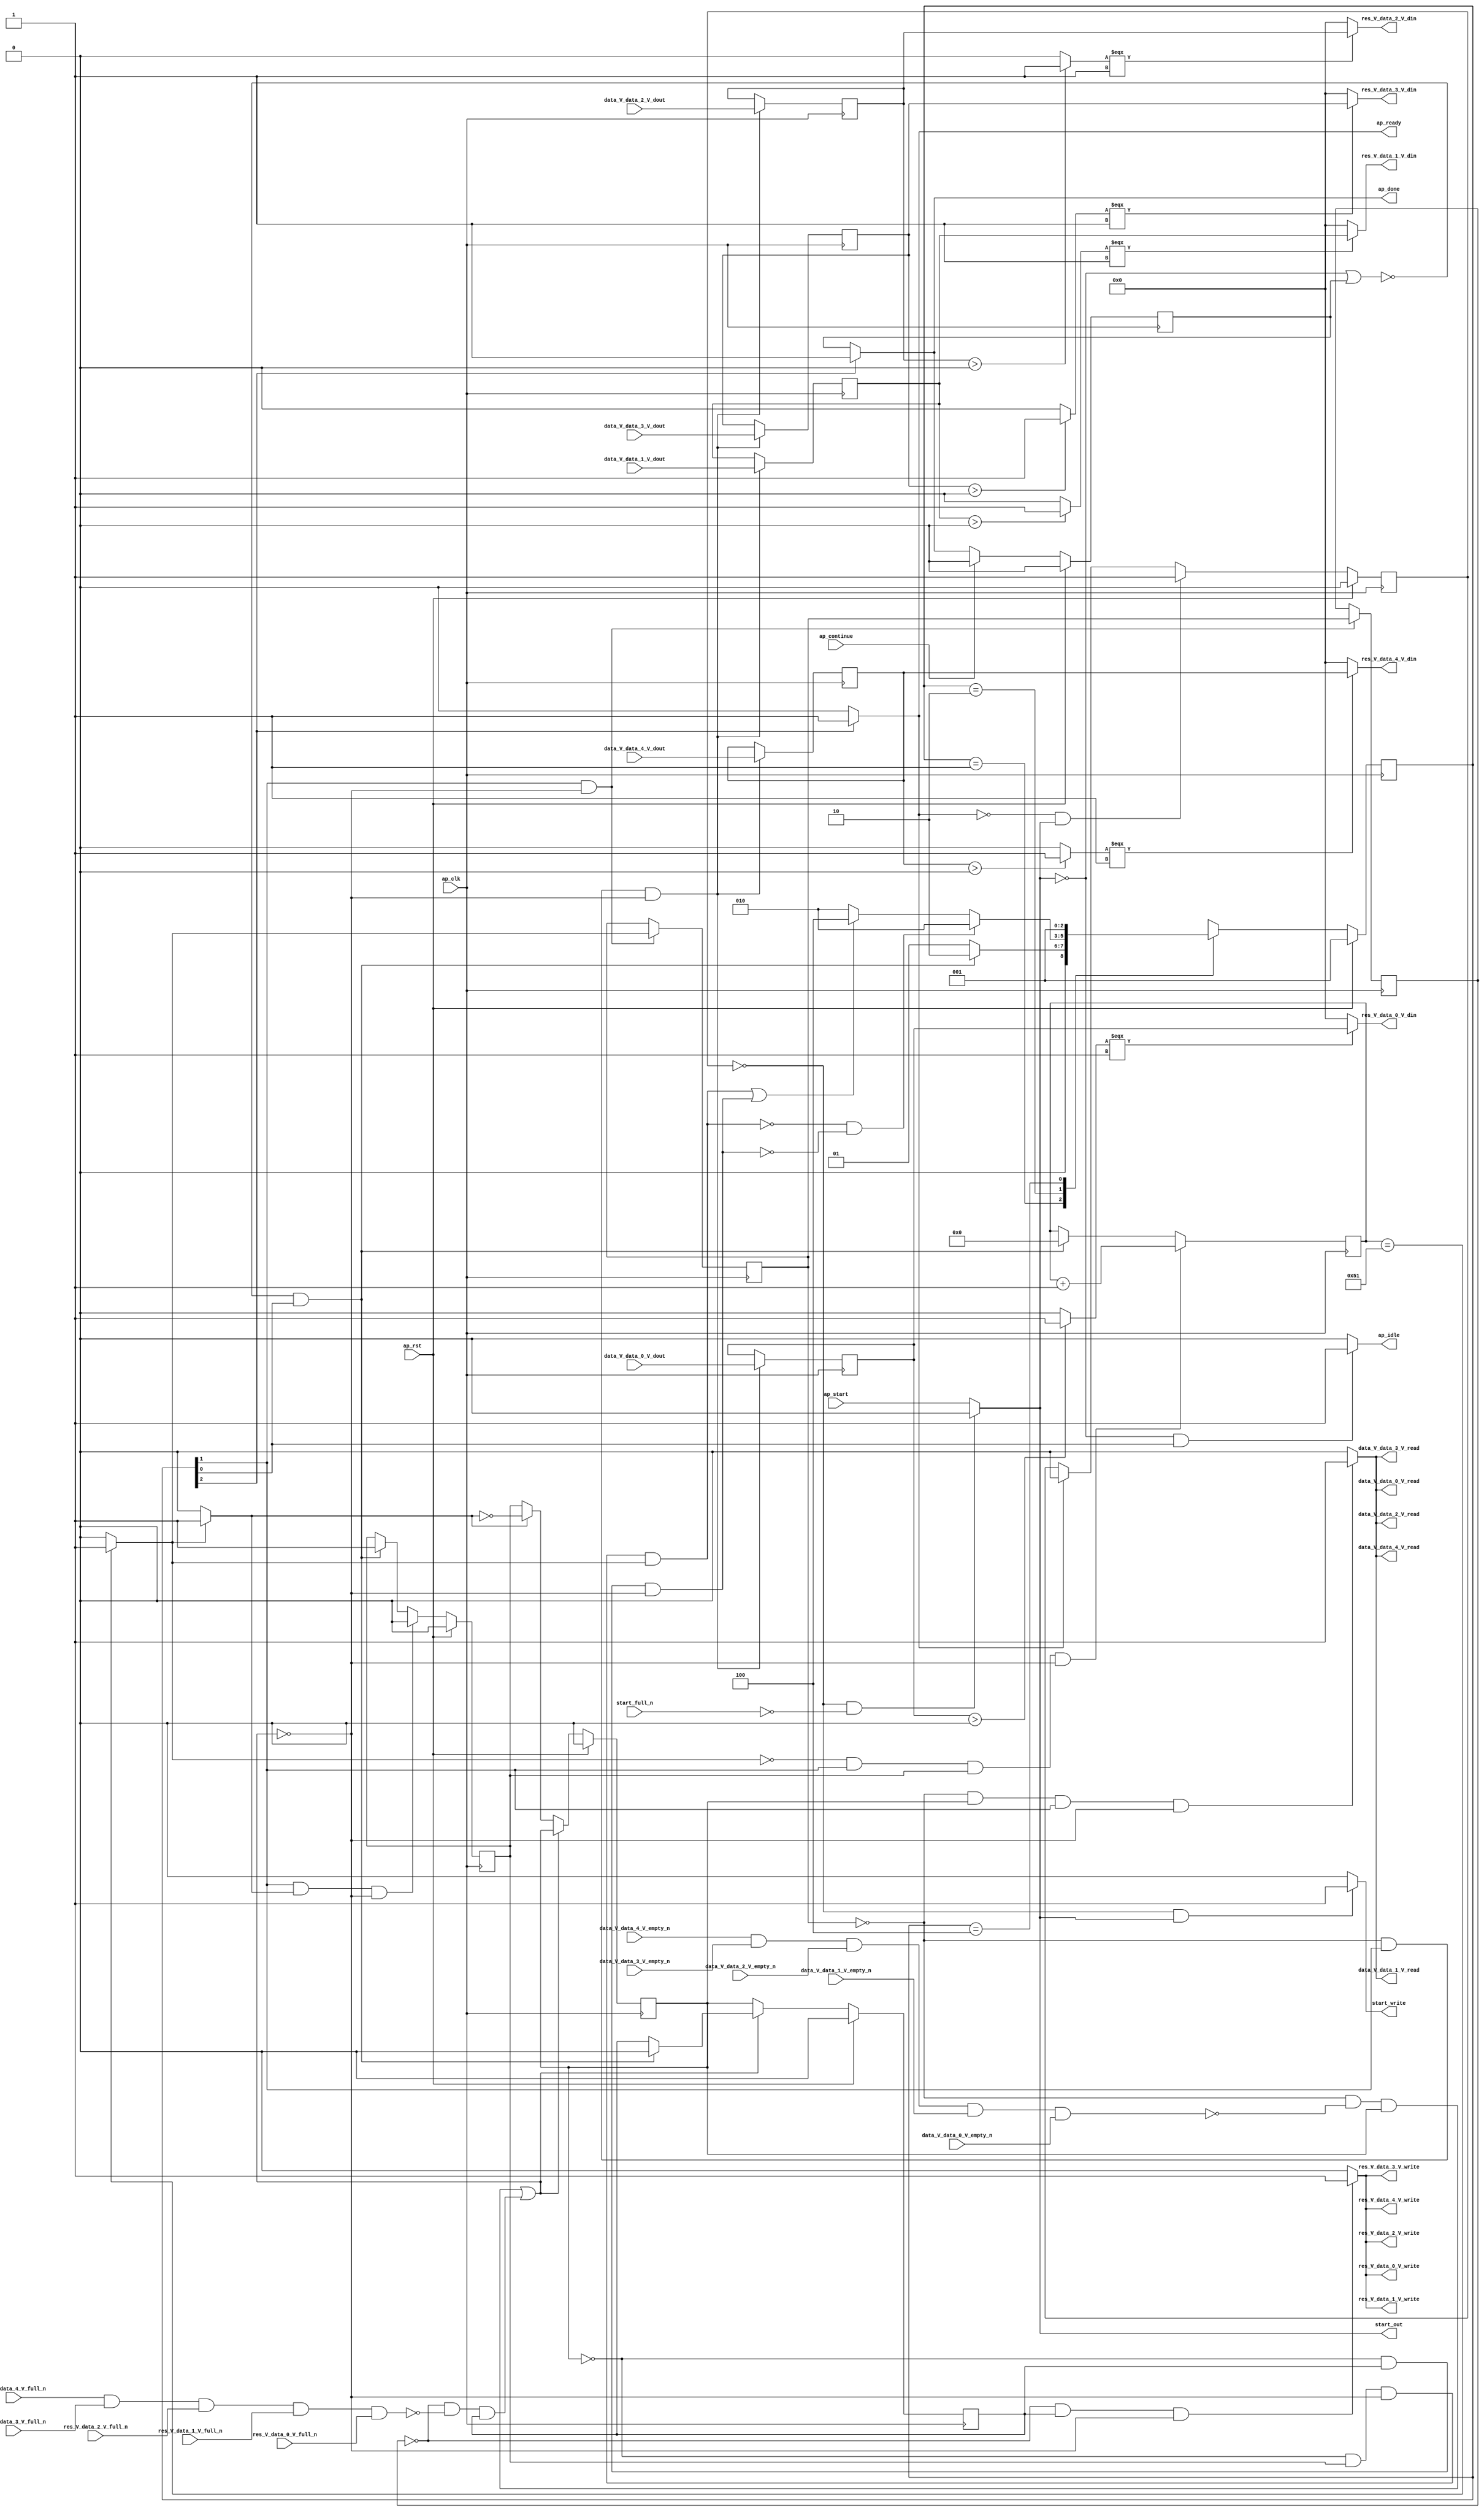
// ==============================================================
// RTL generated by Vivado(TM) HLS - High-Level Synthesis from C, C++ and SystemC
// Version: 2018.2
// Copyright (C) 1986-2018 Xilinx, Inc. All Rights Reserved.
// 
// ===========================================================

`timescale 1 ns / 1 ps 

module relu_array_array_ap_fixed_5u_relu_config4_s (
        ap_clk,
        ap_rst,
        ap_start,
        start_full_n,
        ap_done,
        ap_continue,
        ap_idle,
        ap_ready,
        start_out,
        start_write,
        data_V_data_0_V_dout,
        data_V_data_0_V_empty_n,
        data_V_data_0_V_read,
        data_V_data_1_V_dout,
        data_V_data_1_V_empty_n,
        data_V_data_1_V_read,
        data_V_data_2_V_dout,
        data_V_data_2_V_empty_n,
        data_V_data_2_V_read,
        data_V_data_3_V_dout,
        data_V_data_3_V_empty_n,
        data_V_data_3_V_read,
        data_V_data_4_V_dout,
        data_V_data_4_V_empty_n,
        data_V_data_4_V_read,
        res_V_data_0_V_din,
        res_V_data_0_V_full_n,
        res_V_data_0_V_write,
        res_V_data_1_V_din,
        res_V_data_1_V_full_n,
        res_V_data_1_V_write,
        res_V_data_2_V_din,
        res_V_data_2_V_full_n,
        res_V_data_2_V_write,
        res_V_data_3_V_din,
        res_V_data_3_V_full_n,
        res_V_data_3_V_write,
        res_V_data_4_V_din,
        res_V_data_4_V_full_n,
        res_V_data_4_V_write
);

parameter    ap_ST_fsm_state1 = 3'd1;
parameter    ap_ST_fsm_pp0_stage0 = 3'd2;
parameter    ap_ST_fsm_state5 = 3'd4;

input   ap_clk;
input   ap_rst;
input   ap_start;
input   start_full_n;
output   ap_done;
input   ap_continue;
output   ap_idle;
output   ap_ready;
output   start_out;
output   start_write;
input  [7:0] data_V_data_0_V_dout;
input   data_V_data_0_V_empty_n;
output   data_V_data_0_V_read;
input  [7:0] data_V_data_1_V_dout;
input   data_V_data_1_V_empty_n;
output   data_V_data_1_V_read;
input  [7:0] data_V_data_2_V_dout;
input   data_V_data_2_V_empty_n;
output   data_V_data_2_V_read;
input  [7:0] data_V_data_3_V_dout;
input   data_V_data_3_V_empty_n;
output   data_V_data_3_V_read;
input  [7:0] data_V_data_4_V_dout;
input   data_V_data_4_V_empty_n;
output   data_V_data_4_V_read;
output  [7:0] res_V_data_0_V_din;
input   res_V_data_0_V_full_n;
output   res_V_data_0_V_write;
output  [7:0] res_V_data_1_V_din;
input   res_V_data_1_V_full_n;
output   res_V_data_1_V_write;
output  [7:0] res_V_data_2_V_din;
input   res_V_data_2_V_full_n;
output   res_V_data_2_V_write;
output  [7:0] res_V_data_3_V_din;
input   res_V_data_3_V_full_n;
output   res_V_data_3_V_write;
output  [7:0] res_V_data_4_V_din;
input   res_V_data_4_V_full_n;
output   res_V_data_4_V_write;

reg ap_done;
reg ap_idle;
reg start_write;

reg    real_start;
reg    start_once_reg;
reg    ap_done_reg;
(* fsm_encoding = "none" *) reg   [2:0] ap_CS_fsm;
wire    ap_CS_fsm_state1;
reg    internal_ap_ready;
reg    data_V_data_0_V_blk_n;
wire    ap_CS_fsm_pp0_stage0;
reg    ap_enable_reg_pp0_iter1;
wire    ap_block_pp0_stage0;
reg   [0:0] tmp_reg_323;
reg    data_V_data_1_V_blk_n;
reg    data_V_data_2_V_blk_n;
reg    data_V_data_3_V_blk_n;
reg    data_V_data_4_V_blk_n;
reg    res_V_data_0_V_blk_n;
reg    ap_enable_reg_pp0_iter2;
reg   [0:0] tmp_reg_323_pp0_iter1_reg;
reg    res_V_data_1_V_blk_n;
reg    res_V_data_2_V_blk_n;
reg    res_V_data_3_V_blk_n;
reg    res_V_data_4_V_blk_n;
reg   [6:0] i_reg_215;
wire   [0:0] tmp_fu_226_p2;
wire    ap_block_state2_pp0_stage0_iter0;
wire    data_V_data_0_V0_status;
reg    ap_block_state3_pp0_stage0_iter1;
wire    res_V_data_0_V1_status;
reg    ap_block_state4_pp0_stage0_iter2;
reg    ap_block_pp0_stage0_11001;
wire   [6:0] i_4_fu_232_p2;
reg    ap_enable_reg_pp0_iter0;
reg   [7:0] tmp_data_V_0_reg_332;
reg   [7:0] tmp_data_V_1_reg_338;
reg   [7:0] tmp_data_V_2_reg_344;
reg   [7:0] tmp_data_V_3_reg_350;
reg   [7:0] tmp_data_V_4_reg_356;
reg    ap_block_state1;
reg    ap_block_pp0_stage0_subdone;
reg    ap_condition_pp0_exit_iter0_state2;
reg    data_V_data_0_V0_update;
reg    res_V_data_0_V1_update;
reg    ap_block_pp0_stage0_01001;
wire   [0:0] tmp_11_fu_258_p2;
wire   [0:0] tmp_25_1_fu_271_p2;
wire   [0:0] tmp_25_2_fu_284_p2;
wire   [0:0] tmp_25_3_fu_297_p2;
wire   [0:0] tmp_25_4_fu_310_p2;
wire    ap_CS_fsm_state5;
reg   [2:0] ap_NS_fsm;
reg    ap_idle_pp0;
wire    ap_enable_pp0;

// power-on initialization
initial begin
#0 start_once_reg = 1'b0;
#0 ap_done_reg = 1'b0;
#0 ap_CS_fsm = 3'd1;
#0 ap_enable_reg_pp0_iter1 = 1'b0;
#0 ap_enable_reg_pp0_iter2 = 1'b0;
#0 ap_enable_reg_pp0_iter0 = 1'b0;
end

always @ (posedge ap_clk) begin
    if (ap_rst == 1'b1) begin
        ap_CS_fsm <= ap_ST_fsm_state1;
    end else begin
        ap_CS_fsm <= ap_NS_fsm;
    end
end

always @ (posedge ap_clk) begin
    if (ap_rst == 1'b1) begin
        ap_done_reg <= 1'b0;
    end else begin
        if ((ap_continue == 1'b1)) begin
            ap_done_reg <= 1'b0;
        end else if ((1'b1 == ap_CS_fsm_state5)) begin
            ap_done_reg <= 1'b1;
        end
    end
end

always @ (posedge ap_clk) begin
    if (ap_rst == 1'b1) begin
        ap_enable_reg_pp0_iter0 <= 1'b0;
    end else begin
        if (((1'b1 == ap_CS_fsm_pp0_stage0) & (1'b1 == ap_condition_pp0_exit_iter0_state2) & (1'b0 == ap_block_pp0_stage0_subdone))) begin
            ap_enable_reg_pp0_iter0 <= 1'b0;
        end else if ((~((real_start == 1'b0) | (ap_done_reg == 1'b1)) & (1'b1 == ap_CS_fsm_state1))) begin
            ap_enable_reg_pp0_iter0 <= 1'b1;
        end
    end
end

always @ (posedge ap_clk) begin
    if (ap_rst == 1'b1) begin
        ap_enable_reg_pp0_iter1 <= 1'b0;
    end else begin
        if ((1'b0 == ap_block_pp0_stage0_subdone)) begin
            if ((1'b1 == ap_condition_pp0_exit_iter0_state2)) begin
                ap_enable_reg_pp0_iter1 <= (1'b1 ^ ap_condition_pp0_exit_iter0_state2);
            end else if ((1'b1 == 1'b1)) begin
                ap_enable_reg_pp0_iter1 <= ap_enable_reg_pp0_iter0;
            end
        end
    end
end

always @ (posedge ap_clk) begin
    if (ap_rst == 1'b1) begin
        ap_enable_reg_pp0_iter2 <= 1'b0;
    end else begin
        if ((1'b0 == ap_block_pp0_stage0_subdone)) begin
            ap_enable_reg_pp0_iter2 <= ap_enable_reg_pp0_iter1;
        end else if ((~((real_start == 1'b0) | (ap_done_reg == 1'b1)) & (1'b1 == ap_CS_fsm_state1))) begin
            ap_enable_reg_pp0_iter2 <= 1'b0;
        end
    end
end

always @ (posedge ap_clk) begin
    if (ap_rst == 1'b1) begin
        start_once_reg <= 1'b0;
    end else begin
        if (((internal_ap_ready == 1'b0) & (real_start == 1'b1))) begin
            start_once_reg <= 1'b1;
        end else if ((internal_ap_ready == 1'b1)) begin
            start_once_reg <= 1'b0;
        end
    end
end

always @ (posedge ap_clk) begin
    if (((tmp_fu_226_p2 == 1'd0) & (1'b1 == ap_CS_fsm_pp0_stage0) & (ap_enable_reg_pp0_iter0 == 1'b1) & (1'b0 == ap_block_pp0_stage0_11001))) begin
        i_reg_215 <= i_4_fu_232_p2;
    end else if ((~((real_start == 1'b0) | (ap_done_reg == 1'b1)) & (1'b1 == ap_CS_fsm_state1))) begin
        i_reg_215 <= 7'd0;
    end
end

always @ (posedge ap_clk) begin
    if (((tmp_reg_323 == 1'd0) & (1'b1 == ap_CS_fsm_pp0_stage0) & (1'b0 == ap_block_pp0_stage0_11001))) begin
        tmp_data_V_0_reg_332 <= data_V_data_0_V_dout;
        tmp_data_V_1_reg_338 <= data_V_data_1_V_dout;
        tmp_data_V_2_reg_344 <= data_V_data_2_V_dout;
        tmp_data_V_3_reg_350 <= data_V_data_3_V_dout;
        tmp_data_V_4_reg_356 <= data_V_data_4_V_dout;
    end
end

always @ (posedge ap_clk) begin
    if (((1'b1 == ap_CS_fsm_pp0_stage0) & (1'b0 == ap_block_pp0_stage0_11001))) begin
        tmp_reg_323 <= tmp_fu_226_p2;
        tmp_reg_323_pp0_iter1_reg <= tmp_reg_323;
    end
end

always @ (*) begin
    if ((tmp_fu_226_p2 == 1'd1)) begin
        ap_condition_pp0_exit_iter0_state2 = 1'b1;
    end else begin
        ap_condition_pp0_exit_iter0_state2 = 1'b0;
    end
end

always @ (*) begin
    if ((1'b1 == ap_CS_fsm_state5)) begin
        ap_done = 1'b1;
    end else begin
        ap_done = ap_done_reg;
    end
end

always @ (*) begin
    if (((real_start == 1'b0) & (1'b1 == ap_CS_fsm_state1))) begin
        ap_idle = 1'b1;
    end else begin
        ap_idle = 1'b0;
    end
end

always @ (*) begin
    if (((ap_enable_reg_pp0_iter1 == 1'b0) & (ap_enable_reg_pp0_iter0 == 1'b0) & (ap_enable_reg_pp0_iter2 == 1'b0))) begin
        ap_idle_pp0 = 1'b1;
    end else begin
        ap_idle_pp0 = 1'b0;
    end
end

always @ (*) begin
    if (((tmp_reg_323 == 1'd0) & (ap_enable_reg_pp0_iter1 == 1'b1) & (1'b1 == ap_CS_fsm_pp0_stage0) & (1'b0 == ap_block_pp0_stage0_11001))) begin
        data_V_data_0_V0_update = 1'b1;
    end else begin
        data_V_data_0_V0_update = 1'b0;
    end
end

always @ (*) begin
    if (((tmp_reg_323 == 1'd0) & (1'b0 == ap_block_pp0_stage0) & (ap_enable_reg_pp0_iter1 == 1'b1) & (1'b1 == ap_CS_fsm_pp0_stage0))) begin
        data_V_data_0_V_blk_n = data_V_data_0_V_empty_n;
    end else begin
        data_V_data_0_V_blk_n = 1'b1;
    end
end

always @ (*) begin
    if (((tmp_reg_323 == 1'd0) & (1'b0 == ap_block_pp0_stage0) & (ap_enable_reg_pp0_iter1 == 1'b1) & (1'b1 == ap_CS_fsm_pp0_stage0))) begin
        data_V_data_1_V_blk_n = data_V_data_1_V_empty_n;
    end else begin
        data_V_data_1_V_blk_n = 1'b1;
    end
end

always @ (*) begin
    if (((tmp_reg_323 == 1'd0) & (1'b0 == ap_block_pp0_stage0) & (ap_enable_reg_pp0_iter1 == 1'b1) & (1'b1 == ap_CS_fsm_pp0_stage0))) begin
        data_V_data_2_V_blk_n = data_V_data_2_V_empty_n;
    end else begin
        data_V_data_2_V_blk_n = 1'b1;
    end
end

always @ (*) begin
    if (((tmp_reg_323 == 1'd0) & (1'b0 == ap_block_pp0_stage0) & (ap_enable_reg_pp0_iter1 == 1'b1) & (1'b1 == ap_CS_fsm_pp0_stage0))) begin
        data_V_data_3_V_blk_n = data_V_data_3_V_empty_n;
    end else begin
        data_V_data_3_V_blk_n = 1'b1;
    end
end

always @ (*) begin
    if (((tmp_reg_323 == 1'd0) & (1'b0 == ap_block_pp0_stage0) & (ap_enable_reg_pp0_iter1 == 1'b1) & (1'b1 == ap_CS_fsm_pp0_stage0))) begin
        data_V_data_4_V_blk_n = data_V_data_4_V_empty_n;
    end else begin
        data_V_data_4_V_blk_n = 1'b1;
    end
end

always @ (*) begin
    if ((1'b1 == ap_CS_fsm_state5)) begin
        internal_ap_ready = 1'b1;
    end else begin
        internal_ap_ready = 1'b0;
    end
end

always @ (*) begin
    if (((start_once_reg == 1'b0) & (start_full_n == 1'b0))) begin
        real_start = 1'b0;
    end else begin
        real_start = ap_start;
    end
end

always @ (*) begin
    if (((tmp_reg_323_pp0_iter1_reg == 1'd0) & (ap_enable_reg_pp0_iter2 == 1'b1) & (1'b0 == ap_block_pp0_stage0_11001))) begin
        res_V_data_0_V1_update = 1'b1;
    end else begin
        res_V_data_0_V1_update = 1'b0;
    end
end

always @ (*) begin
    if (((tmp_reg_323_pp0_iter1_reg == 1'd0) & (1'b0 == ap_block_pp0_stage0) & (ap_enable_reg_pp0_iter2 == 1'b1))) begin
        res_V_data_0_V_blk_n = res_V_data_0_V_full_n;
    end else begin
        res_V_data_0_V_blk_n = 1'b1;
    end
end

always @ (*) begin
    if (((tmp_reg_323_pp0_iter1_reg == 1'd0) & (1'b0 == ap_block_pp0_stage0) & (ap_enable_reg_pp0_iter2 == 1'b1))) begin
        res_V_data_1_V_blk_n = res_V_data_1_V_full_n;
    end else begin
        res_V_data_1_V_blk_n = 1'b1;
    end
end

always @ (*) begin
    if (((tmp_reg_323_pp0_iter1_reg == 1'd0) & (1'b0 == ap_block_pp0_stage0) & (ap_enable_reg_pp0_iter2 == 1'b1))) begin
        res_V_data_2_V_blk_n = res_V_data_2_V_full_n;
    end else begin
        res_V_data_2_V_blk_n = 1'b1;
    end
end

always @ (*) begin
    if (((tmp_reg_323_pp0_iter1_reg == 1'd0) & (1'b0 == ap_block_pp0_stage0) & (ap_enable_reg_pp0_iter2 == 1'b1))) begin
        res_V_data_3_V_blk_n = res_V_data_3_V_full_n;
    end else begin
        res_V_data_3_V_blk_n = 1'b1;
    end
end

always @ (*) begin
    if (((tmp_reg_323_pp0_iter1_reg == 1'd0) & (1'b0 == ap_block_pp0_stage0) & (ap_enable_reg_pp0_iter2 == 1'b1))) begin
        res_V_data_4_V_blk_n = res_V_data_4_V_full_n;
    end else begin
        res_V_data_4_V_blk_n = 1'b1;
    end
end

always @ (*) begin
    if (((start_once_reg == 1'b0) & (real_start == 1'b1))) begin
        start_write = 1'b1;
    end else begin
        start_write = 1'b0;
    end
end

always @ (*) begin
    case (ap_CS_fsm)
        ap_ST_fsm_state1 : begin
            if ((~((real_start == 1'b0) | (ap_done_reg == 1'b1)) & (1'b1 == ap_CS_fsm_state1))) begin
                ap_NS_fsm = ap_ST_fsm_pp0_stage0;
            end else begin
                ap_NS_fsm = ap_ST_fsm_state1;
            end
        end
        ap_ST_fsm_pp0_stage0 : begin
            if ((~((ap_enable_reg_pp0_iter1 == 1'b0) & (ap_enable_reg_pp0_iter0 == 1'b1) & (1'b0 == ap_block_pp0_stage0_subdone) & (tmp_fu_226_p2 == 1'd1)) & ~((ap_enable_reg_pp0_iter1 == 1'b0) & (ap_enable_reg_pp0_iter2 == 1'b1) & (1'b0 == ap_block_pp0_stage0_subdone)))) begin
                ap_NS_fsm = ap_ST_fsm_pp0_stage0;
            end else if ((((ap_enable_reg_pp0_iter1 == 1'b0) & (ap_enable_reg_pp0_iter0 == 1'b1) & (1'b0 == ap_block_pp0_stage0_subdone) & (tmp_fu_226_p2 == 1'd1)) | ((ap_enable_reg_pp0_iter1 == 1'b0) & (ap_enable_reg_pp0_iter2 == 1'b1) & (1'b0 == ap_block_pp0_stage0_subdone)))) begin
                ap_NS_fsm = ap_ST_fsm_state5;
            end else begin
                ap_NS_fsm = ap_ST_fsm_pp0_stage0;
            end
        end
        ap_ST_fsm_state5 : begin
            ap_NS_fsm = ap_ST_fsm_state1;
        end
        default : begin
            ap_NS_fsm = 'bx;
        end
    endcase
end

assign ap_CS_fsm_pp0_stage0 = ap_CS_fsm[32'd1];

assign ap_CS_fsm_state1 = ap_CS_fsm[32'd0];

assign ap_CS_fsm_state5 = ap_CS_fsm[32'd2];

assign ap_block_pp0_stage0 = ~(1'b1 == 1'b1);

always @ (*) begin
    ap_block_pp0_stage0_01001 = (((tmp_reg_323 == 1'd0) & (data_V_data_0_V0_status == 1'b0) & (ap_enable_reg_pp0_iter1 == 1'b1)) | ((tmp_reg_323_pp0_iter1_reg == 1'd0) & (res_V_data_0_V1_status == 1'b0) & (ap_enable_reg_pp0_iter2 == 1'b1)));
end

always @ (*) begin
    ap_block_pp0_stage0_11001 = (((tmp_reg_323 == 1'd0) & (data_V_data_0_V0_status == 1'b0) & (ap_enable_reg_pp0_iter1 == 1'b1)) | ((tmp_reg_323_pp0_iter1_reg == 1'd0) & (res_V_data_0_V1_status == 1'b0) & (ap_enable_reg_pp0_iter2 == 1'b1)));
end

always @ (*) begin
    ap_block_pp0_stage0_subdone = (((tmp_reg_323 == 1'd0) & (data_V_data_0_V0_status == 1'b0) & (ap_enable_reg_pp0_iter1 == 1'b1)) | ((tmp_reg_323_pp0_iter1_reg == 1'd0) & (res_V_data_0_V1_status == 1'b0) & (ap_enable_reg_pp0_iter2 == 1'b1)));
end

always @ (*) begin
    ap_block_state1 = ((real_start == 1'b0) | (ap_done_reg == 1'b1));
end

assign ap_block_state2_pp0_stage0_iter0 = ~(1'b1 == 1'b1);

always @ (*) begin
    ap_block_state3_pp0_stage0_iter1 = ((tmp_reg_323 == 1'd0) & (data_V_data_0_V0_status == 1'b0));
end

always @ (*) begin
    ap_block_state4_pp0_stage0_iter2 = ((tmp_reg_323_pp0_iter1_reg == 1'd0) & (res_V_data_0_V1_status == 1'b0));
end

assign ap_enable_pp0 = (ap_idle_pp0 ^ 1'b1);

assign ap_ready = internal_ap_ready;

assign data_V_data_0_V0_status = (data_V_data_4_V_empty_n & data_V_data_3_V_empty_n & data_V_data_2_V_empty_n & data_V_data_1_V_empty_n & data_V_data_0_V_empty_n);

assign data_V_data_0_V_read = data_V_data_0_V0_update;

assign data_V_data_1_V_read = data_V_data_0_V0_update;

assign data_V_data_2_V_read = data_V_data_0_V0_update;

assign data_V_data_3_V_read = data_V_data_0_V0_update;

assign data_V_data_4_V_read = data_V_data_0_V0_update;

assign i_4_fu_232_p2 = (i_reg_215 + 7'd1);

assign res_V_data_0_V1_status = (res_V_data_4_V_full_n & res_V_data_3_V_full_n & res_V_data_2_V_full_n & res_V_data_1_V_full_n & res_V_data_0_V_full_n);

assign res_V_data_0_V_din = ((tmp_11_fu_258_p2[0:0] === 1'b1) ? tmp_data_V_0_reg_332 : 8'd0);

assign res_V_data_0_V_write = res_V_data_0_V1_update;

assign res_V_data_1_V_din = ((tmp_25_1_fu_271_p2[0:0] === 1'b1) ? tmp_data_V_1_reg_338 : 8'd0);

assign res_V_data_1_V_write = res_V_data_0_V1_update;

assign res_V_data_2_V_din = ((tmp_25_2_fu_284_p2[0:0] === 1'b1) ? tmp_data_V_2_reg_344 : 8'd0);

assign res_V_data_2_V_write = res_V_data_0_V1_update;

assign res_V_data_3_V_din = ((tmp_25_3_fu_297_p2[0:0] === 1'b1) ? tmp_data_V_3_reg_350 : 8'd0);

assign res_V_data_3_V_write = res_V_data_0_V1_update;

assign res_V_data_4_V_din = ((tmp_25_4_fu_310_p2[0:0] === 1'b1) ? tmp_data_V_4_reg_356 : 8'd0);

assign res_V_data_4_V_write = res_V_data_0_V1_update;

assign start_out = real_start;

assign tmp_11_fu_258_p2 = (($signed(tmp_data_V_0_reg_332) > $signed(8'd0)) ? 1'b1 : 1'b0);

assign tmp_25_1_fu_271_p2 = (($signed(tmp_data_V_1_reg_338) > $signed(8'd0)) ? 1'b1 : 1'b0);

assign tmp_25_2_fu_284_p2 = (($signed(tmp_data_V_2_reg_344) > $signed(8'd0)) ? 1'b1 : 1'b0);

assign tmp_25_3_fu_297_p2 = (($signed(tmp_data_V_3_reg_350) > $signed(8'd0)) ? 1'b1 : 1'b0);

assign tmp_25_4_fu_310_p2 = (($signed(tmp_data_V_4_reg_356) > $signed(8'd0)) ? 1'b1 : 1'b0);

assign tmp_fu_226_p2 = ((i_reg_215 == 7'd81) ? 1'b1 : 1'b0);

endmodule //relu_array_array_ap_fixed_5u_relu_config4_s